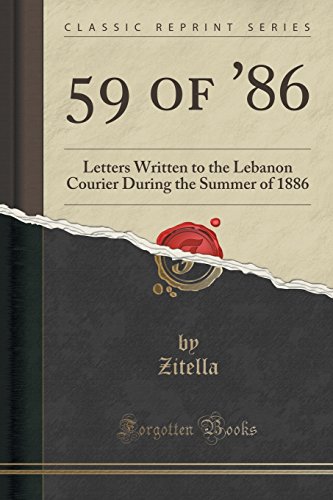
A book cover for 59 of '86: Letters Written to the Lebanon Courier During the Summer of 1886 (Classic Reprint); Zitella Zitella; Travel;